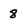
Character: 8